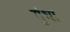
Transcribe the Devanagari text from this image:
गुंधा